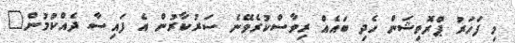
މި ފަހަރު ޕްރޮވިޝަން ހެދި ބައެއް ރިވާސްކުރެވޭނެ ސަރުކާރުން އެ ފައިސާ ދެއްކުމުން"